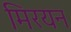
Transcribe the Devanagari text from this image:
मिरयन